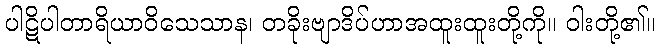
ပါဋိပါတာရိယာဝိသေသာန၊ တခိုးဗျာဒိပ်ဟာအထူးထူးတို့ကို။ ဝါးတို့၏။